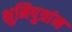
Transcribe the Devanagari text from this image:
भुमिपुत्रांन